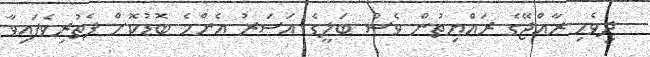
ދިވެހި ރާއްޖޭގެ ރައްޔިތުން ވެސް ބަލީގެ އަސަރު އެންމެ ބޮޑުކޮށް ފެތުރިވެފައިވާ